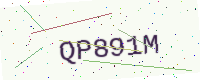
Text: QP891M